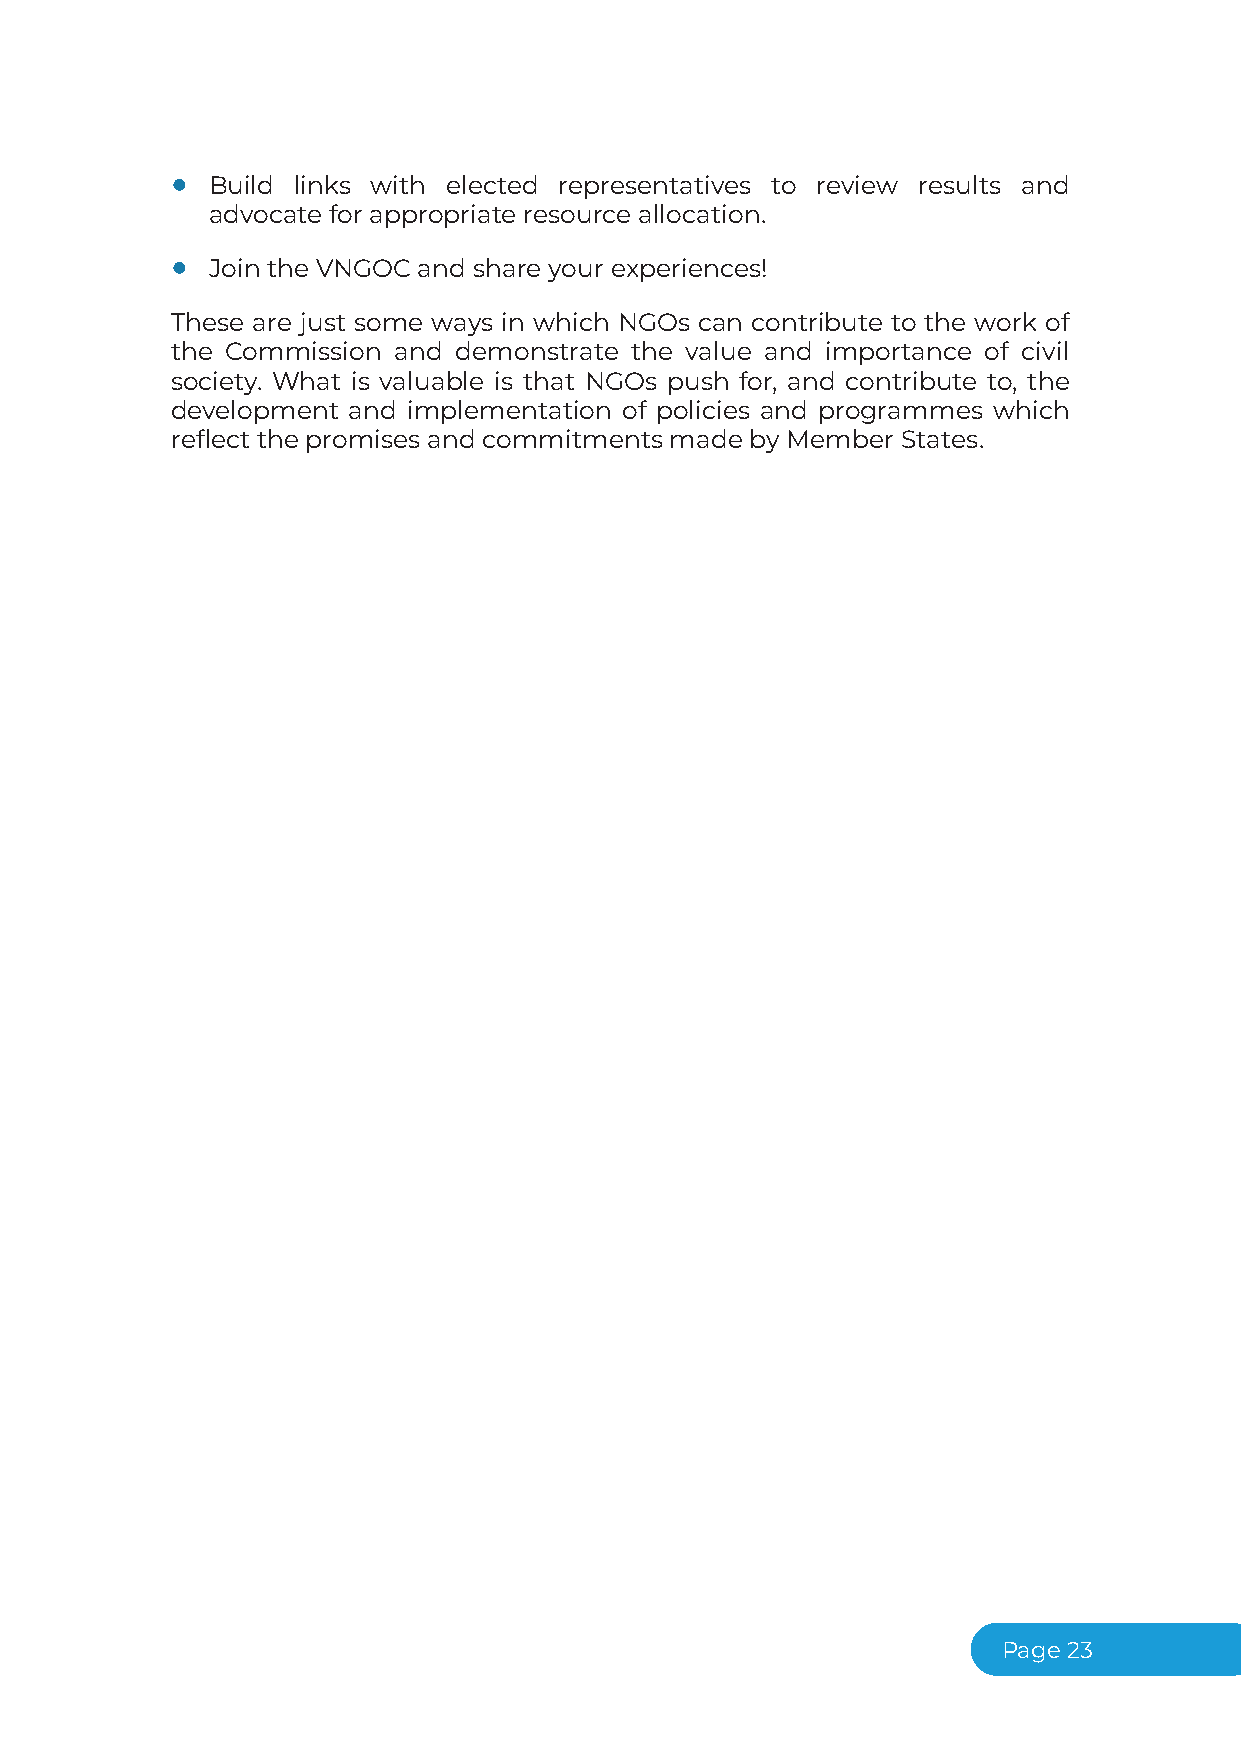
●  Build links with elected representatives to review results and
 advocate for appropriate resource allocation.
 ●  Join the VNGOC and share your experiences!
 These are just some ways in which NGOs can contribute to the work of
 the Commission and demonstrate the value and importance of civil
 society. What is valuable is that NGOs push for, and contribute to, the
 development and implementation of policies and programmes which
 reflect the promises and commitments made by Member States.
 Page23